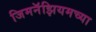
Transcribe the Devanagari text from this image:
जिमनॅझियमच्या